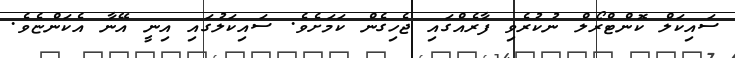
ސައިކަލް ކޮންޓްރޯލް ނުކުރެވި ފާރެއްގައި ޖެހިގެން ކަމަށެވެ. ސައިކަލުގައި އިނީ އޭނާ އެކަންޏެވެ.